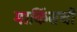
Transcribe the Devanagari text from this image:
मार्किसची